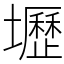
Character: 壢